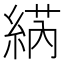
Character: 𱹷